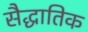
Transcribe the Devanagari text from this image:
सैद्धातिक